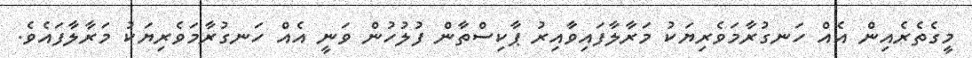
މީގެތެރެއިން އެއް ހަނގުރާމަވެރިޔަކު މަރާލާފައިވާއިރު ޕާކިސްތާން ފުލުހުން ވަނީ އެއް ހަނގުރާމަވެރިޔަކު މަރާލާފައެވެ.